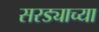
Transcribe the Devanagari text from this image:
सरड्याच्या